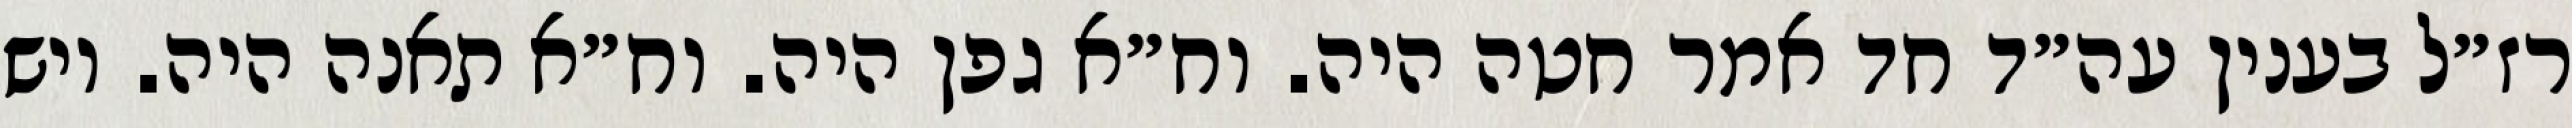
רז״ל בענין עה״ד חד אמר חטה היה. וח״א גפן היה. וח״א תאנה היה. ויש